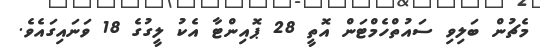
މެޗުން ބަލިވި ސައުތްހެމްޓަން އޮތީ 28 ޕޮއިންޓާ އެކު ލީގުގެ 18 ވަނައިގައެވެ.